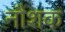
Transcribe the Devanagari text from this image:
नौशक